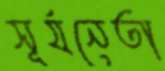
সূর্যনেতা